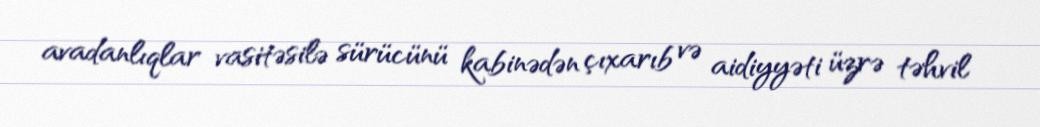
avadanlıqlar vasitəsilə sürücünü kabinədən çıxarıb və aidiyyəti üzrə təhvil